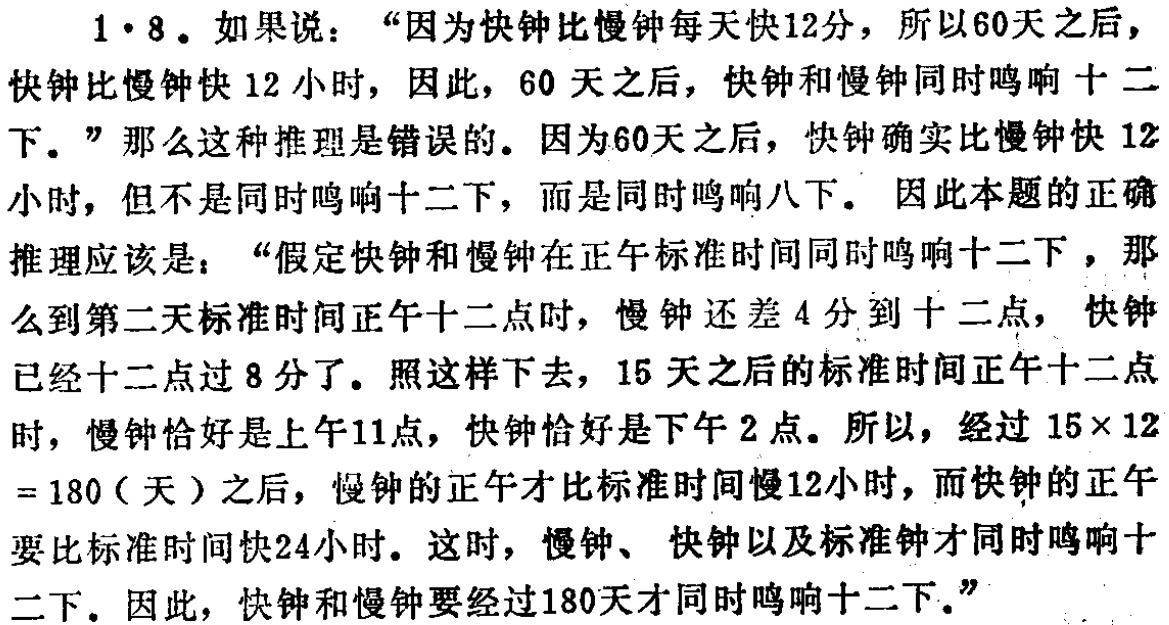
1·8。如果说：“因为快钟比慢钟每天快12分，所以60天之后，快钟比慢钟快12小时，因此，60天之后，快钟和慢钟同时鸣响十二下。”那么这种推理是错误的。因为60天之后，快钟确实比慢钟快12小时，但不是同时鸣响十二下，而是同时鸣响八下。因此本题的正确推理应该是：“假定快钟和慢钟在正午标准时间同时鸣响十二下，那么到第二天标准时间正午十二点时，慢钟还差4分到十二点，快钟已经十二点过8分了。照这样下去，15天之后的标准时间正午十二点时，慢钟恰好是上午11点，快钟恰好是下午2点。所以，经过15×12 = 180（天）之后，慢钟的正午才比标准时间慢12小时，而快钟的正午要比标准时间快24小时。这时，慢钟、快钟以及标准钟才同时鸣响十二下。因此，快钟和慢钟要经过180天才同时鸣响十二下。”